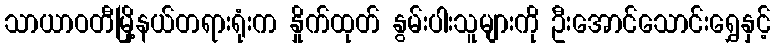
သာယာဝတီမြို့နယ်တရားရုံးက နှိုက်ထုတ် နွမ်းပါးသူများကို ဦးအောင်သောင်းရွှေနှင့်